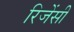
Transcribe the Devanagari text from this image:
रिजेंसी